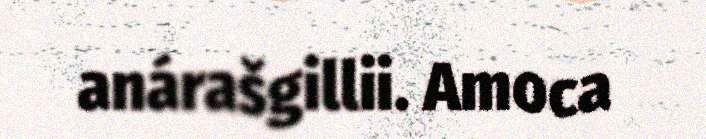
anárašgillii. Amoca